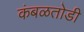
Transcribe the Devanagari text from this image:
कंबळतोडी